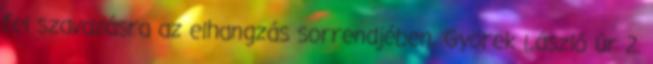
fel szavazásra az elhangzás sorrendjében. Györek László úr 2.